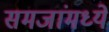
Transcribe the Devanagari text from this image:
समजांमध्ये